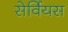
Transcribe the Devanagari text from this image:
सेर्वियस